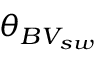
\theta _ { B V _ { s w } }